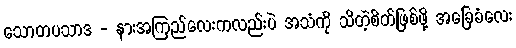
သောတပသာဒ - နားအကြည်လေးကလည်းပဲ အသံကို သိတဲ့စိတ်ဖြစ်ဖို့ အခြေခံလေး